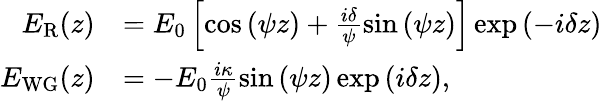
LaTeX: \begin{array}{rl}{E_{\mathrm{R}}(z)}&{=E_{0}\left[\cos{\left(\psi z\right)}+\frac{i\delta}{\psi}\sin{\left(\psi z\right)}\right]\exp{\left(-i\delta z\right)}}\\ {E_{\mathrm{WG}}(z)}&{=-E_{0}\frac{i\kappa}{\psi}\sin{\left(\psi z\right)}\exp{\left(i\delta z\right)},}\end{array}